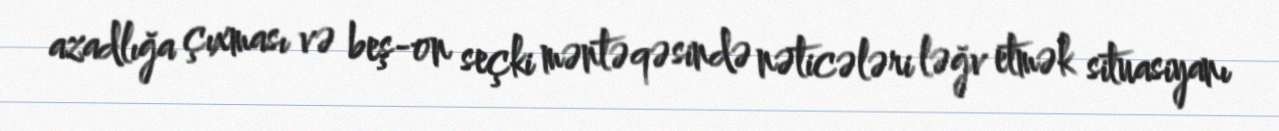
azadlığa çıxması və beş-on seçki məntəqəsində nəticələri ləğv etmək situasiyanı